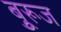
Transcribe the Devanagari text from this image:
बुूरूज